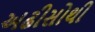
અઢીસોથી